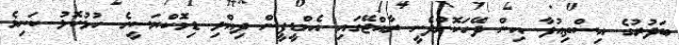
ބަދުރުގެ އިސްތިއުފާ އިން ދޭހަކޮށްދެނީ ރާއްޖޭގައި އެމްޑީޕީން ދިއްލި ޑިމޮކްރަސީގެ ހުޅުކޮޅު ކަނިވެ